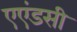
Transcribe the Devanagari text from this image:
एएंडसी